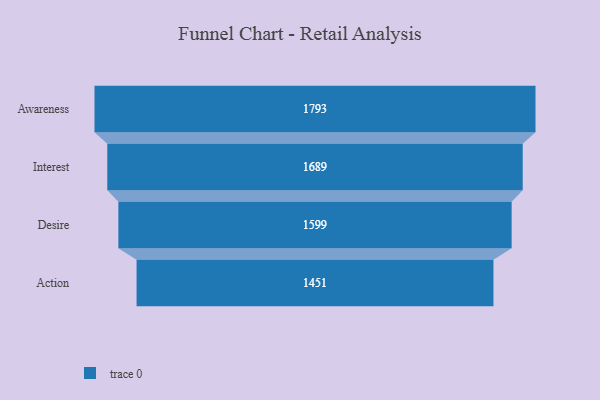
{"axis": {"x": "Stage", "y": "Value"}, "legend": [""], "data": [{"x": "Awareness", "y": 1793.0, "type": ""}, {"x": "Interest", "y": 1689.0, "type": ""}, {"x": "Desire", "y": 1599.0, "type": ""}, {"x": "Action", "y": 1451.0, "type": ""}]}